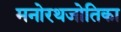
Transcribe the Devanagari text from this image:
मनोरथजोतिका